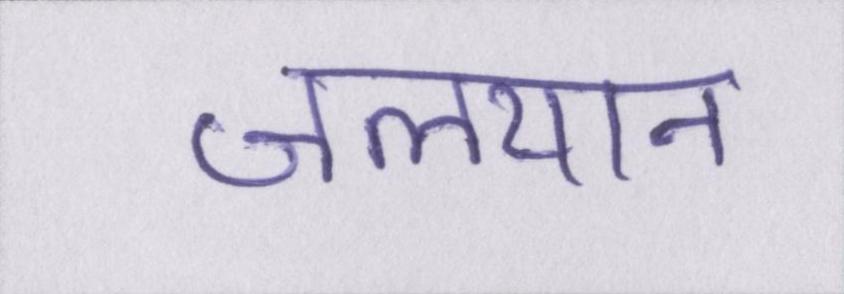
जलयान